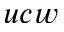
u c w